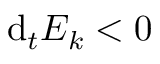
\mathrm { d } _ { t } E _ { k } < 0